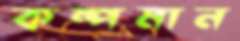
কম্পমান